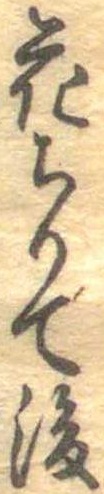
花ちりて後